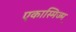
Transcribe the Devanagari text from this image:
एकास्मिज्म़